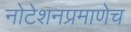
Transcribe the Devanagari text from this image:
नोटेशनप्रमाणेच